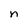
Character: n